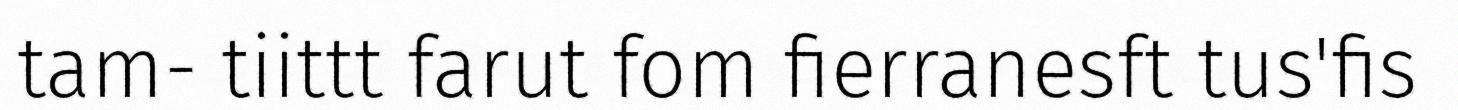
tam- tiittt farut fom fierranesft tus'fis